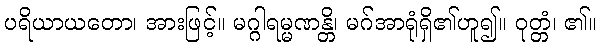
ပရိယာယတော၊ အားဖြင့်။ မဂ္ဂါရမ္မဏန္တိ၊ မဂ်အာရုံရှိ၏ဟူ၍။ ဝုတ္တံ၊ ၏။